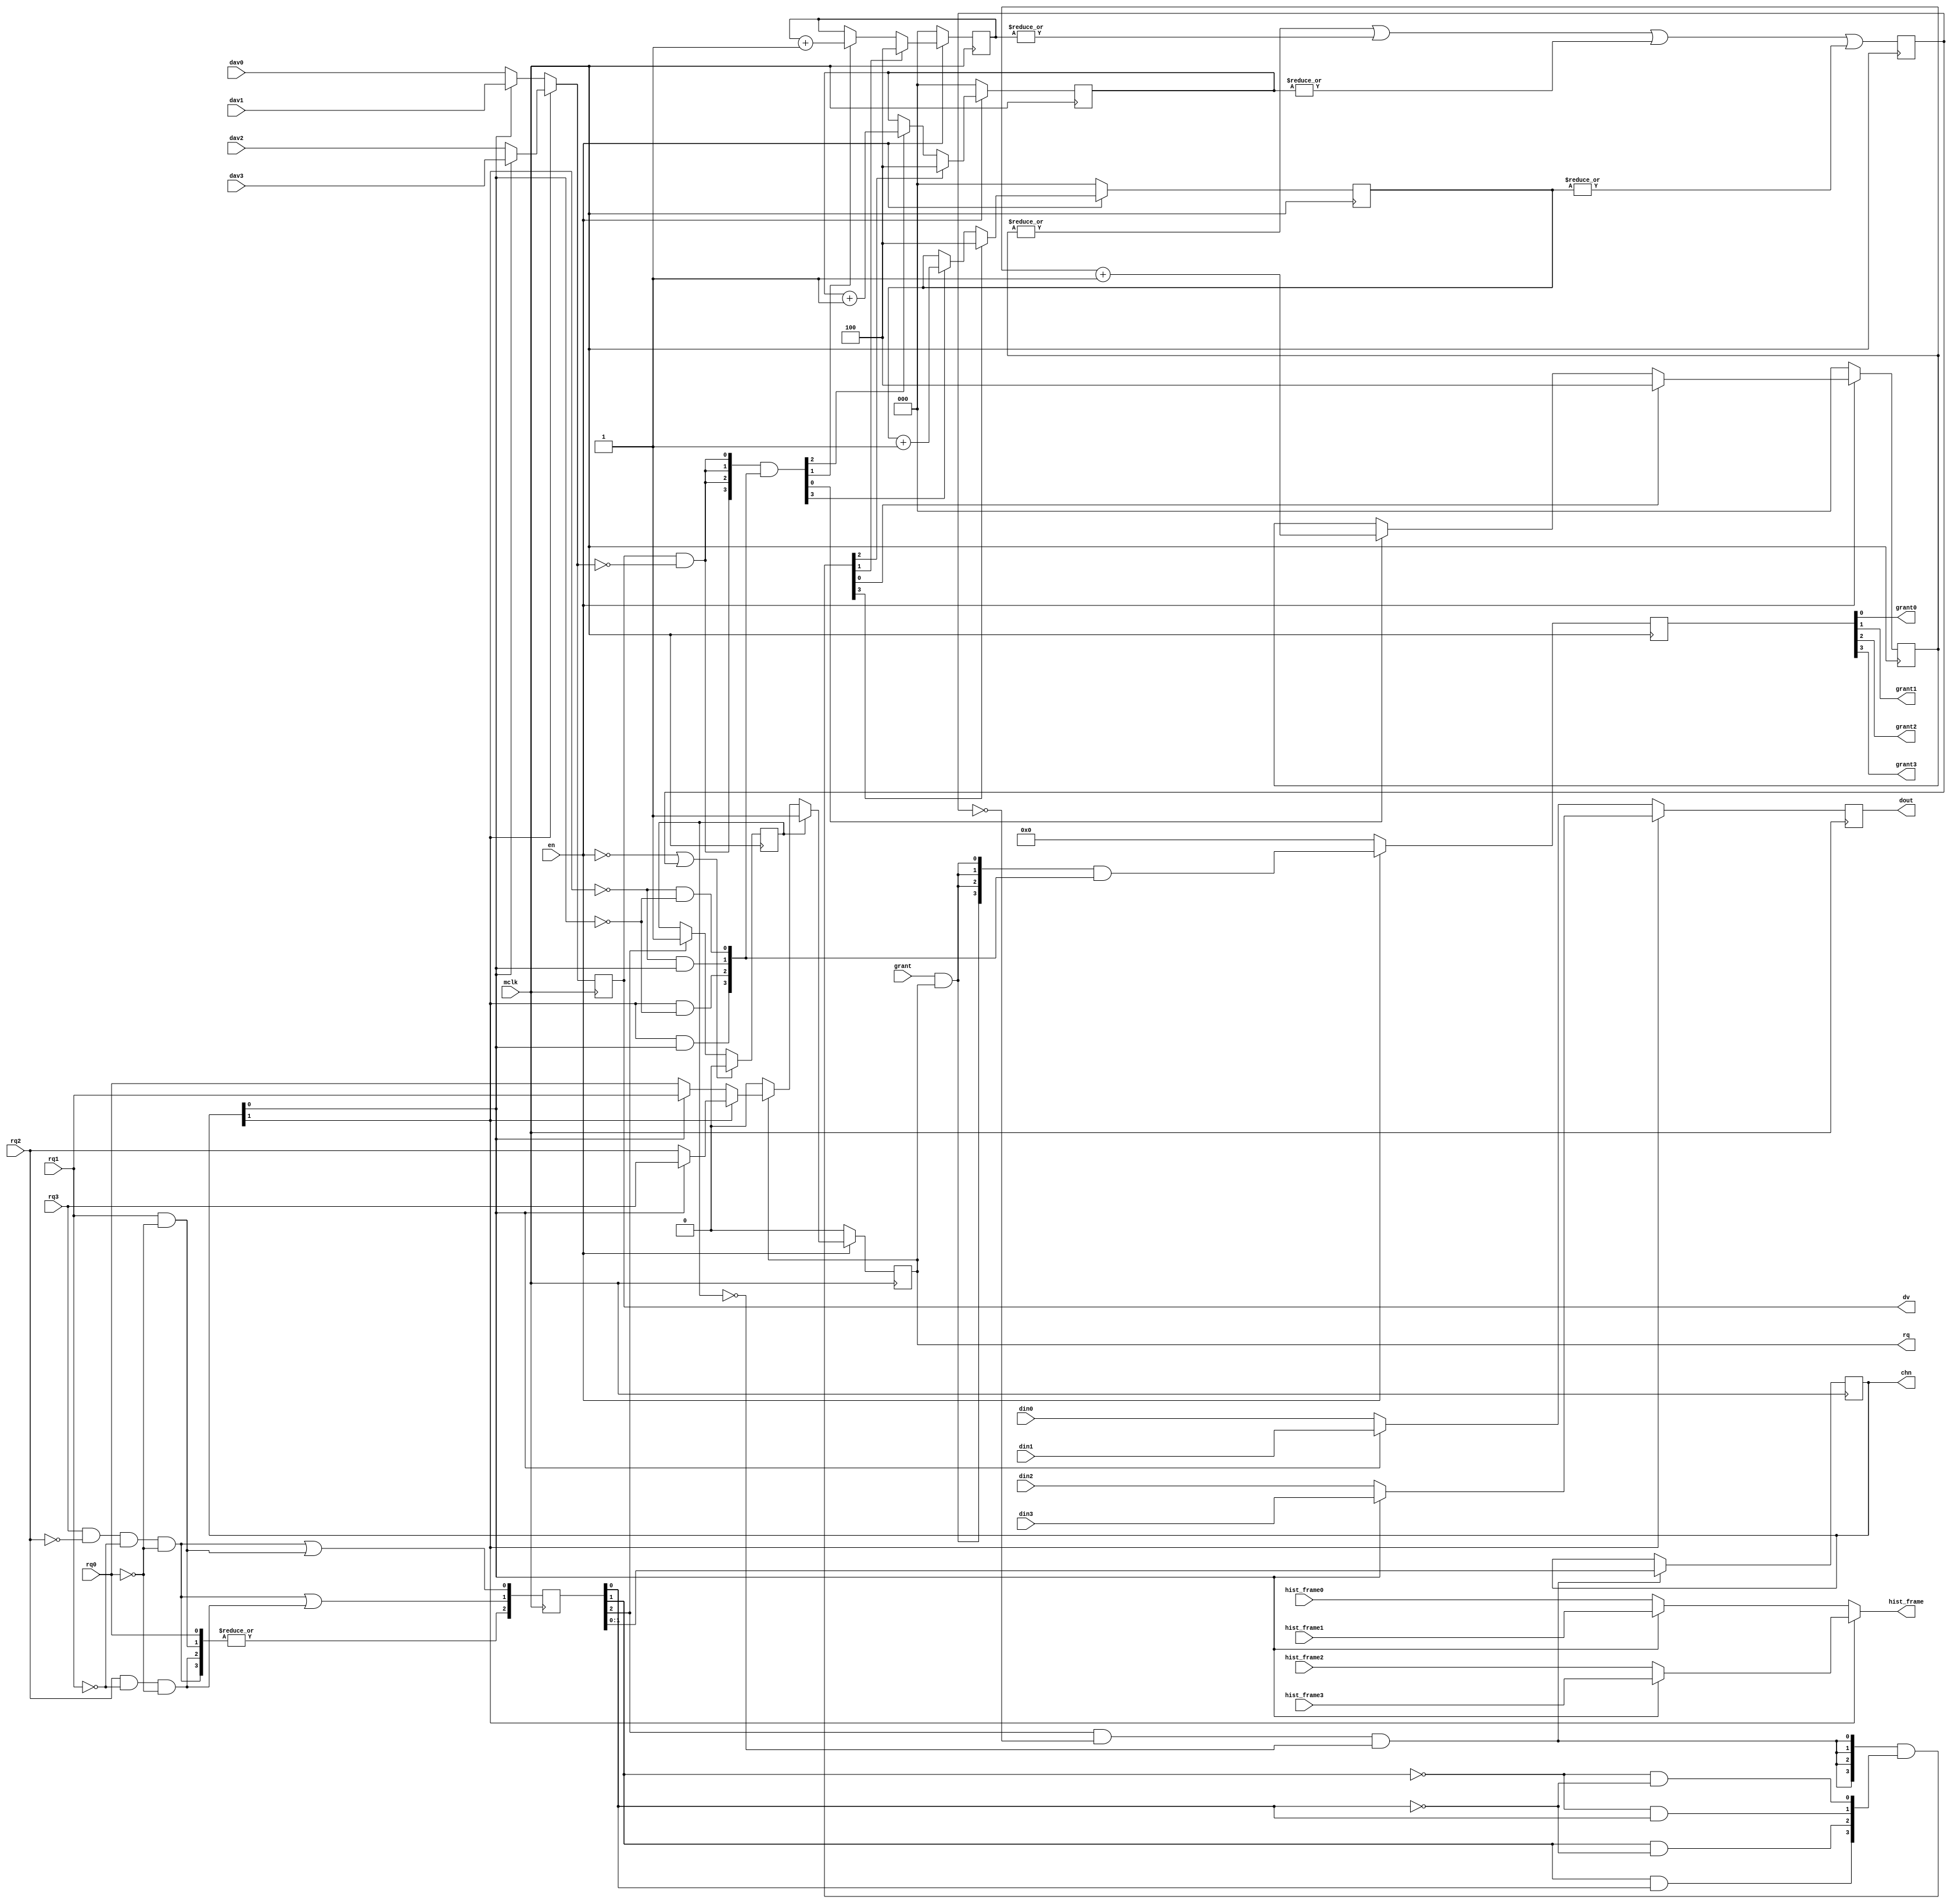
// This program was cloned from: https://github.com/Elphel/x393
// License: GNU General Public License v3.0

/*!
 * <b>Module:</b>sens_histogram_mux
 * @file sens_histogram_mux.v
 * @date 2015-06-01  
 * @author Andrey Filippov     
 *
 * @brief Readout multiplexer for 4 histogram modules
 *
 * @copyright Copyright (c) 2015 Elphel, Inc.
 *
 * <b>License:</b>
 *
 * sens_histogram_mux.v is free software; you can redistribute it and/or modify
 * it under the terms of the GNU General Public License as published by
 * the Free Software Foundation, either version 3 of the License, or
 * (at your option) any later version.
 *
 *  sens_histogram_mux.v is distributed in the hope that it will be useful,
 * but WITHOUT ANY WARRANTY; without even the implied warranty of
 * MERCHANTABILITY or FITNESS FOR A PARTICULAR PURPOSE.  See the
 * GNU General Public License for more details.
 *
 * You should have received a copy of the GNU General Public License
 * along with this program.  If not, see <http://www.gnu.org/licenses/> .
 *
 * Additional permission under GNU GPL version 3 section 7:
 * If you modify this Program, or any covered work, by linking or combining it
 * with independent modules provided by the FPGA vendor only (this permission
 * does not extend to any 3-rd party modules, "soft cores" or macros) under
 * different license terms solely for the purpose of generating binary "bitstream"
 * files and/or simulating the code, the copyright holders of this Program give
 * you the right to distribute the covered work without those independent modules
 * as long as the source code for them is available from the FPGA vendor free of
 * charge, and there is no dependence on any encrypted modules for simulating of
 * the combined code. This permission applies to you if the distributed code
 * contains all the components and scripts required to completely simulate it
 * with at least one of the Free Software programs.
 */
`timescale 1ns/1ps

module  sens_histogram_mux#(
    parameter NUM_FRAME_BITS =  4 // number of bits use for frame number 
)(
    input                       mclk,
    input                       en,

    input                       rq0,
    input  [NUM_FRAME_BITS-1:0] hist_frame0, // frame number matching histogram output
    
    output                      grant0,
    input                       dav0,
    input                [31:0] din0,

    input                       rq1,
    input  [NUM_FRAME_BITS-1:0] hist_frame1, // frame number matching histogram output
    output                      grant1,
    input                       dav1,
    input                [31:0] din1,

    input                       rq2,
    input  [NUM_FRAME_BITS-1:0] hist_frame2, // frame number matching histogram output
    output                      grant2,
    input                       dav2,
    input                [31:0] din2,

    input                       rq3,
    input  [NUM_FRAME_BITS-1:0] hist_frame3, // frame number matching histogram output
    output                      grant3,
    input                       dav3,
    input                [31:0] din3,

    output                      rq,
    output [NUM_FRAME_BITS-1:0] hist_frame, // frame number matching histogram output
    input                       grant, // grant may stay longer, not masked by rq?
    output                [1:0] chn,
    output                      dv,
    output               [31:0] dout
);

    reg   [2:0] burst0;
    reg   [2:0] burst1;
    reg   [2:0] burst2;
    reg   [2:0] burst3;
    
    wire  [3:0] pri_rq;
    reg   [2:0] enc_rq;
    wire        busy_w;
    reg         busy_r;
    reg   [1:0] mux_sel;
    wire        start_w;
//    reg         start_r;
    reg         started;
    wire        dav_in;
    reg         dav_out;
    wire [31:0] din;
    reg  [31:0] dout_r;
    wire        burst_done_w;
    wire  [3:0] chn_sel;
    wire  [3:0] chn_start;
    wire  [3:0] burst_next;
    reg   [3:0] chn_grant;
    wire        rq_in;
    reg         rq_out;
    
    assign pri_rq = {rq3 & ~rq2 & ~rq1 & ~rq0, rq2 & ~rq1 & ~ rq0, rq1 & ~ rq0, rq0};
    assign busy_w = |burst0 || (|burst1) || (|burst2) || (|burst3);
    assign start_w = enc_rq[2] && !busy_r && !started;
    assign dav_in =     mux_sel[1] ? (mux_sel[0] ? dav3 :         dav2) :         (mux_sel[0] ? dav1 :         dav0); 
    assign din =        mux_sel[1] ? (mux_sel[0] ? din3 :         din2) :         (mux_sel[0] ? din1 :         din0);
    assign rq_in =      mux_sel[1] ? (mux_sel[0] ? rq3 :          rq2)  :         (mux_sel[0] ? rq1 :          rq0);
    assign hist_frame = mux_sel[1] ? (mux_sel[0] ? hist_frame3 :  hist_frame2)  : (mux_sel[0] ? hist_frame1 :  hist_frame0);
     
    assign burst_done_w = dav_out && !dav_in;
    assign chn_start =  {4{start_w}} & {enc_rq[1] & enc_rq[0], enc_rq[1] & ~enc_rq[0], ~enc_rq[1] & enc_rq[0], ~enc_rq[1] & ~enc_rq[0]};
    assign chn_sel =    {mux_sel[1] & mux_sel[0], mux_sel[1] & ~mux_sel[0], ~mux_sel[1] & mux_sel[0], ~mux_sel[1] & ~mux_sel[0]};
    assign burst_next = {4{burst_done_w}} & chn_sel;
    
    assign dout =   dout_r;
    assign grant0 = chn_grant[0];
    assign grant1 = chn_grant[1];
    assign grant2 = chn_grant[2];
    assign grant3 = chn_grant[3];
    assign rq =     rq_out;
    assign dv =     dav_out;
    assign chn =    mux_sel;
    
    always @(posedge mclk) begin
        enc_rq <= {|pri_rq, pri_rq[3] | pri_rq[2], pri_rq[3] | pri_rq[1]};
        busy_r <= busy_w;
        if  (!en || busy_r) started <= 0;
        else if (enc_rq[2]) started <= 1;
        if (start_w)        mux_sel <= enc_rq[1:0];
        dav_out <= dav_in;
        dout_r <= din;
        
        if      (!en)           burst0 <= 0;
        else if (chn_start[0])  burst0 <= 4;
        else if (burst_next[0]) burst0 <= burst0 + 1;
        
        if      (!en)           burst1 <= 0;
        else if (chn_start[1])  burst1 <= 4;
        else if (burst_next[1]) burst1 <= burst1 + 1;
        
        if      (!en)           burst2 <= 0;
        else if (chn_start[2])  burst2 <= 4;
        else if (burst_next[2]) burst2 <= burst2 + 1;
        
        if      (!en)           burst3 <= 0;
        else if (chn_start[3])  burst3 <= 4;
        else if (burst_next[3]) burst3 <= burst3 + 1;
        
        if (!en) chn_grant <= 0;
        else     chn_grant <= {4{grant & rq}} & chn_sel;
//        else     chn_grant <= {4{grant & rq}} & chn_sel;
//        start_r <= en & start_w;
        if (!en )         rq_out <= 0;
        else if (started) rq_out <= 1;
        else if (rq_out)  rq_out <= rq_in;
//        rq_out <= en && rq_in;
    end

endmodule